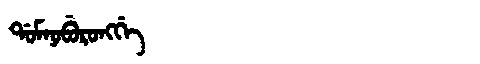
Manchu: ᡩᠣᠮᠨᠣᠪᡠᡵᠣᠩᡤᡝ
Romanization: DOMNOBURONGGE